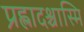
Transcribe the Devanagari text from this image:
प्रह्लादश्चास्मि